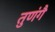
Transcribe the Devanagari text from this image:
तुणंगै